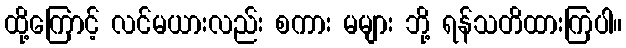
ထို့ကြောင့် လင်မယားလည်း စကား မများ ဘို့ ရန်သတိထားကြပါ။